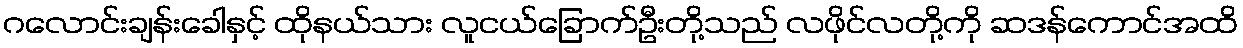
ဂလောင်းချန်းခေါနှင့် ထိုနယ်သား လူငယ်ခြောက်ဦးတို့သည် လဖိုင်လတို့ကို ဆဒန်ကောင်အထိ